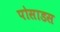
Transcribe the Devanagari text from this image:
पोसाडस